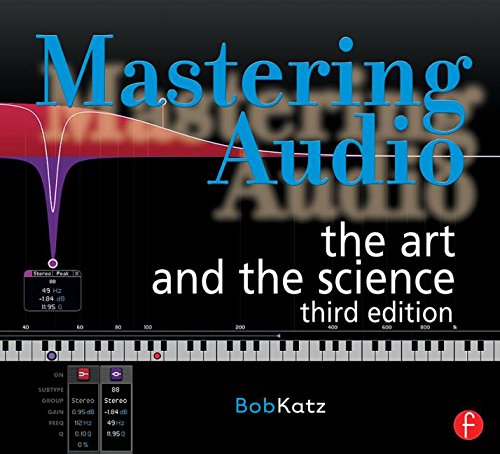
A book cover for Mastering Audio: The Art and the Science; Bob Katz; Engineering & Transportation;